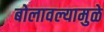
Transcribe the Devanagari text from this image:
बोलावल्यामुळे